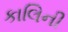
કાલિની